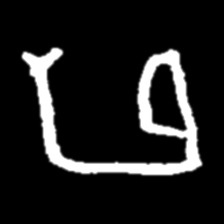
Pyu character \u2014 Myanmar letter: ဖ (romanized: pha)